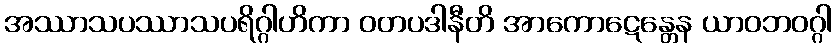
အဿာသပဿာသပရိဂ္ဂါဟိကာ ဝတပဒါနီတိ အာကောဋေန္တေန ယာဝဘဝဂ္ဂါ